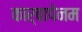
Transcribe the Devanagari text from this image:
कार्बापेनम